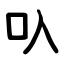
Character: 叺